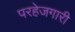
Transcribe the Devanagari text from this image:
परहेजगारी